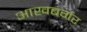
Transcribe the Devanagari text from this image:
आखबर्गर